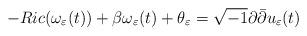
LaTeX: \begin{align*}-Ric(\omega_{\varepsilon}(t))+\beta\omega_{\varepsilon}(t)+\theta_{\varepsilon}=\sqrt{-1}\partial\bar{\partial}u_{\varepsilon}(t)\end{align*}